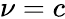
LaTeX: \nu=c